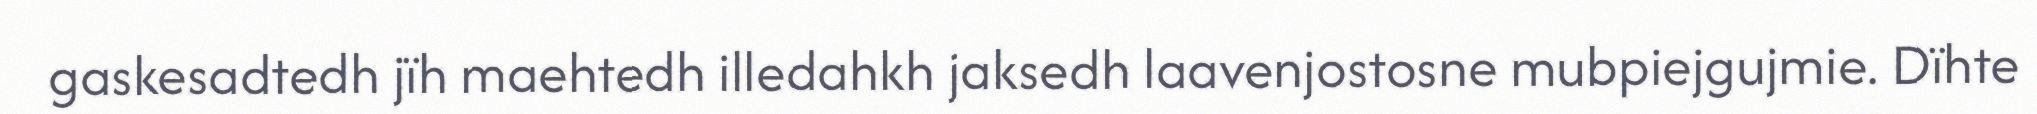
gaskesadtedh jïh maehtedh illedahkh jaksedh laavenjostosne mubpiejgujmie. Dïhte